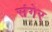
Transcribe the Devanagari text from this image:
संगेर